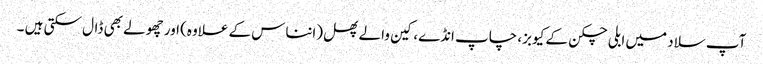
آپ سلاد میں ابلی چکن کے کیوبز، چاپ انڈے، کین والے پھل (انناس کے علاوہ) اور چھولے بھی ڈال سکتی ہیں ۔